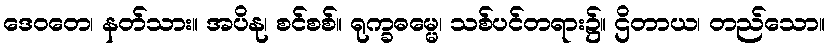
ဒေဝတေ၊ နတ်သား။ အပိနု၊ စင်စစ်။ ရုက္ခဓမ္မေ၊ သစ်ပင်တရား၌။ ဌိတာယ၊ တည်သော။